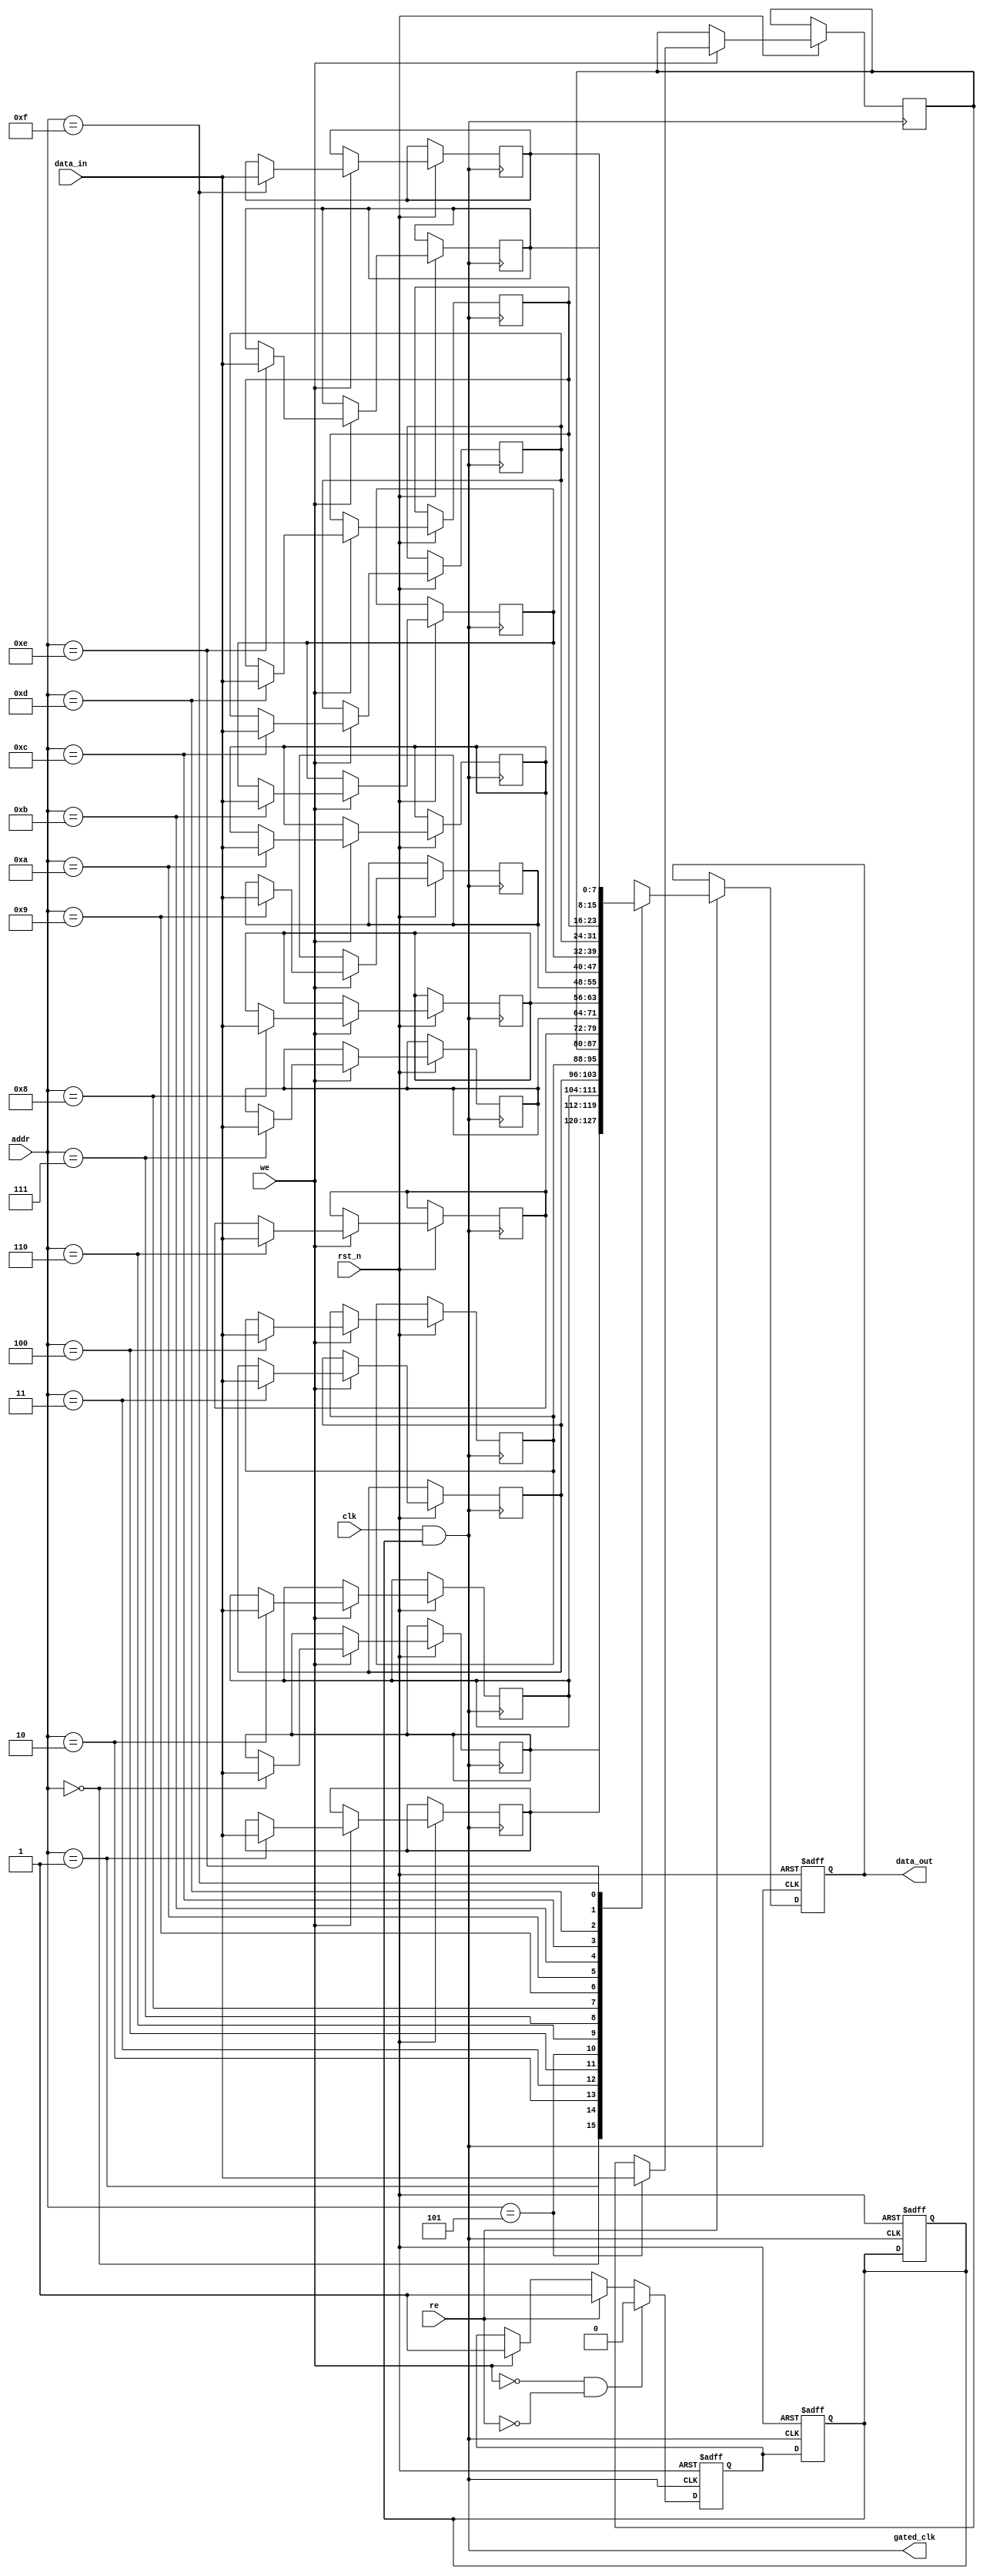
module MemoryBlock (
    input wire clk,               // Main clock
    input wire rst_n,             // Active low reset
    input wire [7:0] data_in,     // Data input for write operations
    input wire [3:0] addr,        // Address input
    input wire we,                // Write enable signal
    input wire re,                // Read enable signal
    output reg [7:0] data_out,    // Data output
    output wire gated_clk         // Gated clock output
);

    // Memory array (for simplicity, using a small SRAM-like structure)
    reg [7:0] memory [0:15];      // 16 x 8-bit memory array

    // Output monitoring signal
    reg valid_data;               // Indicates if valid data is present

    // Clock gating control signal
    reg clk_enable;

    // Gated clock logic
    assign gated_clk = clk & clk_enable;

    // Memory operation: Write or Read
    always @(posedge gated_clk or negedge rst_n) begin
        if (!rst_n) begin
            data_out <= 8'b0;
            valid_data <= 1'b0;
            clk_enable <= 1'b0;
        end else begin
            if (we) begin
                // Write operation
                memory[addr] <= data_in;
                valid_data <= 1'b1; // Data is valid after write
            end
            if (re) begin
                // Read operation
                data_out <= memory[addr];
                valid_data <= 1'b1; // Data is valid after read
            end
            // If no read or write, mark data as invalid
            if (!we && !re) begin
                valid_data <= 1'b0; // No valid data
            end
        end
    end

    // Clock gating control logic
    always @(posedge gated_clk or negedge rst_n) begin
        if (!rst_n) begin
            clk_enable <= 1'b0; // Reset clock enable
        end else begin
            // Enable clock if valid data is present
            clk_enable <= valid_data;
        end
    end

endmodule